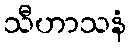
သီဟာသနံ